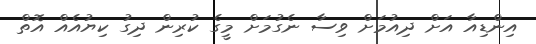
އިންޑިއާ އަށް ދިއުމަށް ވިސާ ނެގުމަށް މީގެ ކުރިން ދިގު ކިޔުއެއް އޮތް